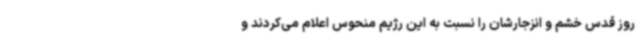
روز قدس خشم و انزجارشان را نسبت به این رژیم منحوس اعلام می‌کردند و